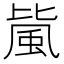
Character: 𱂼